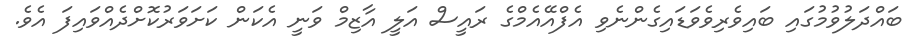
ބައްދަލުވުމުގައި ބައިވެރިވެވަޑައިގެންނެވި އެފްއޭއެމްގެ ރައީސް އަލީ އާޒިމް ވަނީ އެކަން ކަށަވަރުކޮށްދެއްވައިފަ އެވެ.